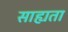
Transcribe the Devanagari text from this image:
साह्यता